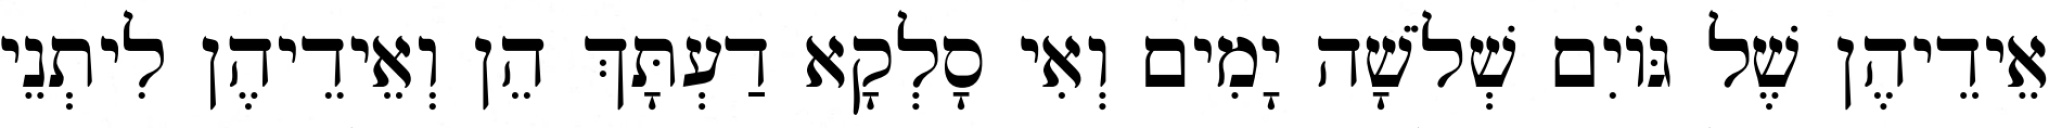
אֵידֵיהֶן שֶׁל גּוֹיִם שְׁלֹשָׁה יָמִים וְאִי סָלְקָא דַעְתָּךְ הֵן וְאֵידֵיהֶן לִיתְנֵי